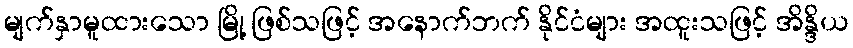
မျက်နှာမူထားသော မြို့ ဖြစ်သဖြင့် အနောက်ဘက် နိုင်ငံများ အထူးသဖြင့် အိန္ဒိယ